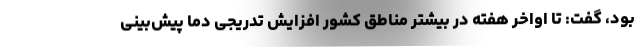
بود، گفت: تا اواخر هفته در بیشتر مناطق کشور افزایش تدریجی دما پیش‌بینی